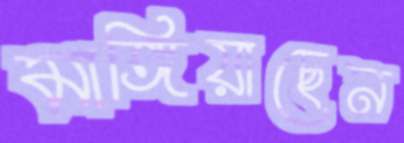
মাঙ্গিয়াছেন